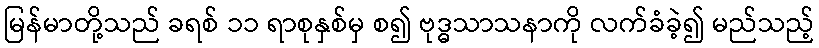
မြန်မာတို့သည် ခရစ် ၁၁ ရာစုနှစ်မှ စ၍ ဗုဒ္ဓသာသနာကို လက်ခံခဲ့၍ မည်သည့်